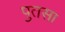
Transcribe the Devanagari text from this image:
पुतसा